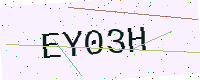
Text: EY03H